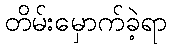
တိမ်းမှောက်ခဲ့ရာ